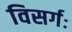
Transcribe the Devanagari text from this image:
विसर्गः